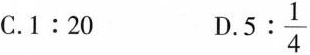
C.1:20 D. 5: \frac{1}{4}